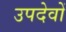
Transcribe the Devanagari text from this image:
उपदेवों